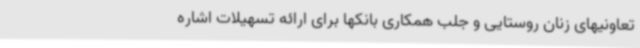
تعاونیهای زنان روستایی و جلب همکاری بانکها برای ارائه تسهیلات اشاره